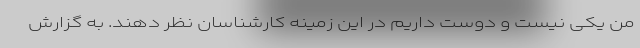
من یکی نیست و دوست داریم در این زمینه کارشناسان نظر دهند. به گزارش